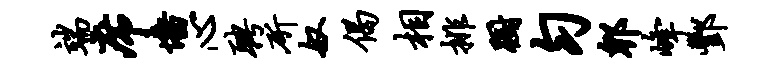
端席墙心聘斫奴偈相排蹰匀郫峰酆